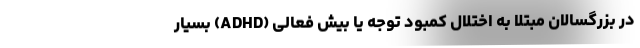
در بزرگسالان مبتلا به اختلال کمبود توجه یا بیش فعالی (ADHD) بسیار